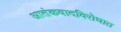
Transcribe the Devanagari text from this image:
आतंकवादविरोधात